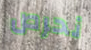
نحرص